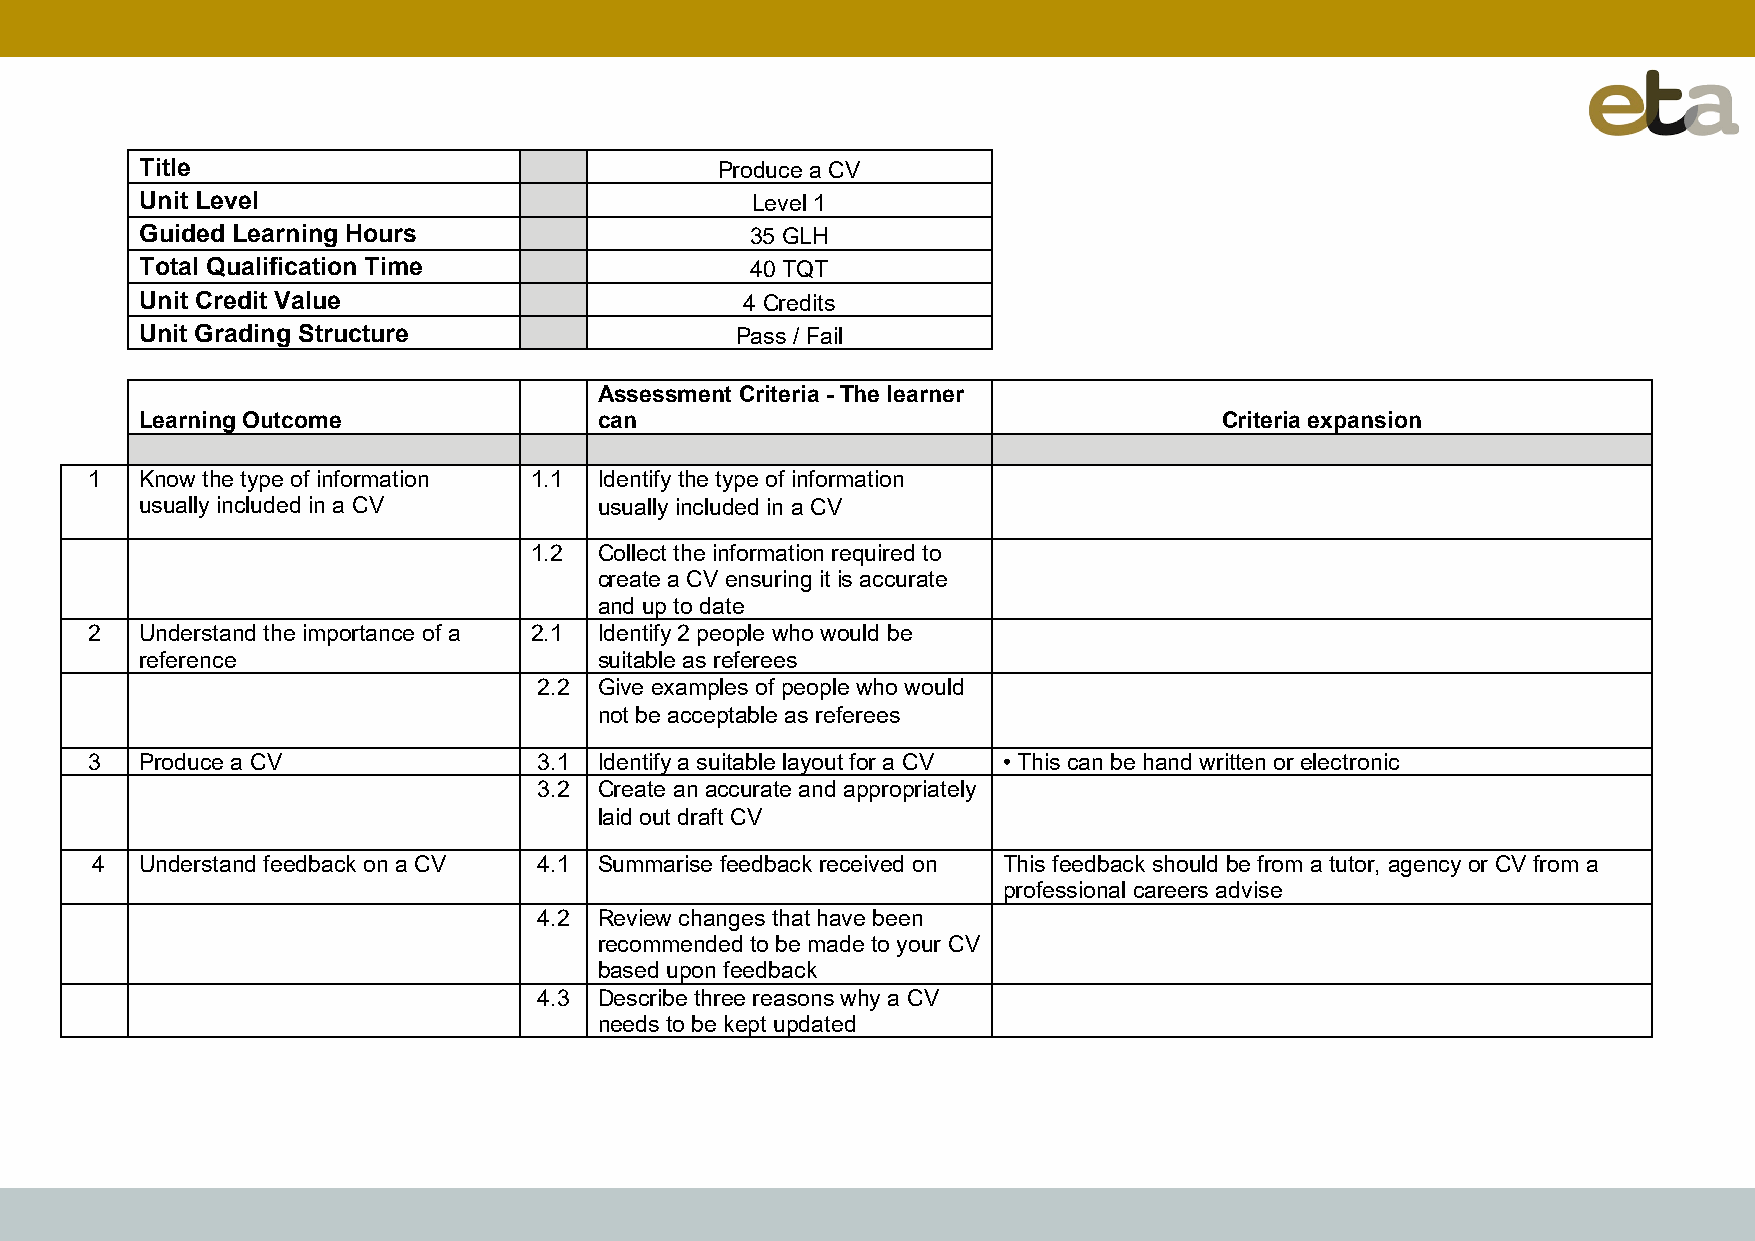
Title                                  Produce a CV
 Unit Level                               Level 1
 Guided Learning Hours                    35 GLH
 Total Qualification Time                 40 TQT
 Unit Credit Value                       4 Credits
 Unit Grading Structure                  Pass / Fail
 Assessment Criteria - The learner
 Learning Outcome               can                                      Criteria expansion
 1  Know the type of information 1.1 Identify the type of information
 usually included in a CV       usually included in a CV
 1.2  Collect the information required to
 create a CV ensuring it is accurate
 and up to date
 2  Understand the importance of a 2.1 Identify 2 people who would be
 reference                      suitable as referees
 2.2 Give examples of people who would
 not be acceptable as referees
 3  Produce a CV               3.1 Identify a suitable layout for a CV • This can be hand written or electronic
 3.2 Create an accurate and appropriately
 laid out draft CV
 4  Understand feedback on a CV 4.1 Summarise feedback received on This feedback should be from a tutor, agency or CV from a
 professional careers advise
 4.2 Review changes that have been
 recommended to be made to your CV
 based upon feedback
 4.3 Describe three reasons why a CV
 needs to be kept updated